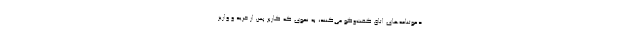
دعوتنامه‌های اتاق گفت‌وگو می‌کنند، به نحوی که کاربر پس از خرید و واریز